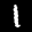
Label: 1